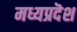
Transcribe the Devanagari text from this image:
मध्यप्रदॆश